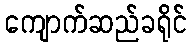
ကျောက်ဆည်ခရိုင်